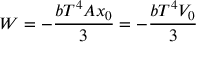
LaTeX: W = - { \frac { b T ^ { 4 } A x _ { 0 } } { 3 } } = - { \frac { b T ^ { 4 } V _ { 0 } } { 3 } }